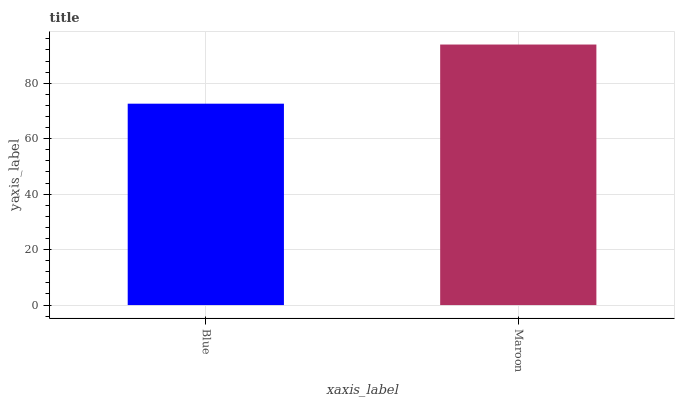
| xaxis_label | bars |
 | --- | --- |
 | Blue | 72.6 |
 | Maroon | 94 |